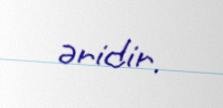
əridir.